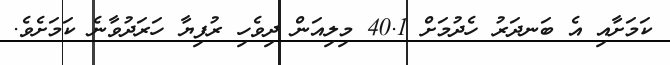
ކަމަށާއި އެ ބަނދަރު ހެދުމަށް 40.1 މިލިއަން ދިވެހި ރުފިޔާ ހަރަދުވާނެ ކަމަށެވެ.